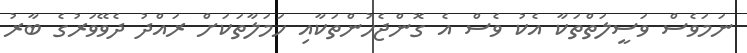
ނަމަވެސް ވަސީލަތްތަކާ އެކު ވެސް އެ ގޮންޖެހުންތަކާއި ހަމަލާތަކަށް ރައްދު ދެވޭވަރުގެ ބާރު